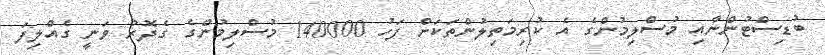
ބުޑިސްޓުންނާއި މުސްލިމުންގެ އެ ކުރިމަތިލުންތަކަށް ފަހު 140000 މުސްލިމުންގެ ގެދޮރު ވަނީ ގެއްލިފަ